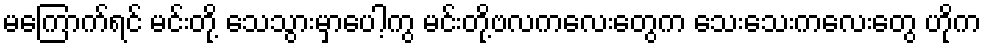
မကြောက်ရင် မင်းတို့ သေသွားမှာပေါ့ကွ မင်းတို့ဗလကလေးတွေက သေးသေးကလေးတွေ ဟိုက